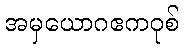
အမှယောဂဧကဝုစ်